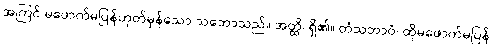
အကြင် မဖောက်မပြန်ဟုတ်မှန်သော သဘောသည်။ အတ္ထိ၊ ရှိ၏။ တံသဘာဝံ၊ ထိုမဖောက်မပြန်